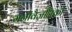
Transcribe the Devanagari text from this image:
मनोवैज्ञनिकों